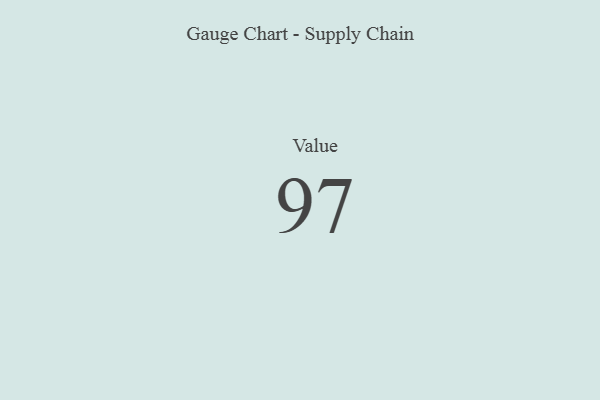
{"axis": {"x": "Metric", "y": "Value"}, "legend": [""], "data": [{"x": "Value", "y": 97, "type": ""}]}